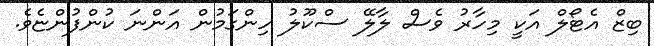
ބިޒް އެޓޯލް އަކީ މިހާރު ވެސް ލާލޭ ސްކޫލު ހިންގަމުން އަންނަ ކުންފުންޏެވެ.